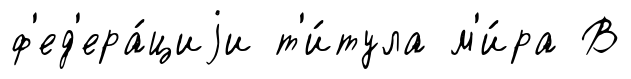
ф'ед'ера́циjи т'и́тула м'и́ра В